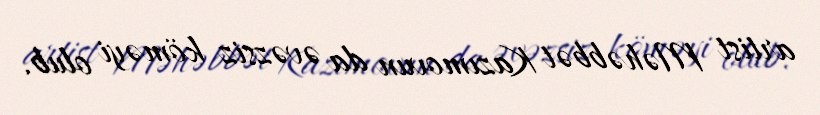
artist Məhəbbət Kazımovun da əvəzsiz köməyi olub.